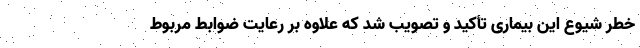
خطر شیوع این بیماری تأکید و تصویب شد که علاوه بر رعایت ضوابط مربوط